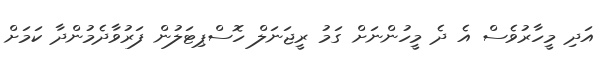
އަދި މީހާރުވެސް އެ ދެ މީހުންނަށް ގަމު ރީޖަނަލް ހޮސްޕިޓަލުން ފަރުވާދެމުންދާ ކަމަށް